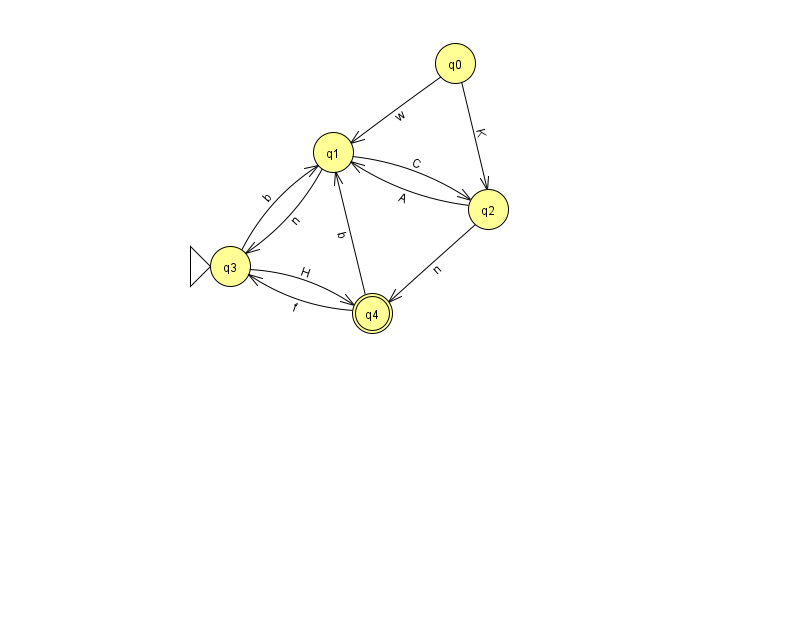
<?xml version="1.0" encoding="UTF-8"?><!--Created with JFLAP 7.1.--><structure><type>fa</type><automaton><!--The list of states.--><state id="0" name="q0"><x>455.0</x><y>50.0</y></state><state id="1" name="q1"><x>333.0</x><y>139.0</y></state><state id="2" name="q2"><x>488.0</x><y>196.0</y></state><state id="3" name="q3"><x>230.0</x><y>253.0</y><initial/></state><state id="4" name="q4"><x>372.0</x><y>300.0</y><final/></state><!--The list of transitions.--><transition><from>0</from><to>2</to><read>K</read></transition><transition><from>3</from><to>4</to><read>H</read></transition><transition><from>3</from><to>1</to><read>b</read></transition><transition><from>0</from><to>1</to><read>w</read></transition><transition><from>1</from><to>2</to><read>C</read></transition><transition><from>1</from><to>3</to><read>n</read></transition><transition><from>4</from><to>1</to><read>b</read></transition><transition><from>2</from><to>1</to><read>A</read></transition><transition><from>4</from><to>3</to><read>f</read></transition><transition><from>2</from><to>4</to><read>n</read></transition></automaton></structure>